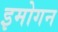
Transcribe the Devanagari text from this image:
इमोगन